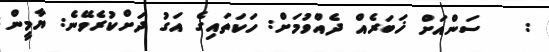
:   ސަންއަށް ޚަބަރެއް ދެއްވުމަށް: ހަކަތައިގެ އަގު ދަށްކުރެވޭނެ: ޔާމީން